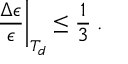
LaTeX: \left. \frac { \Delta \epsilon } { \epsilon } \right| _ { T _ { d } } \leq \frac { 1 } { 3 } \; .